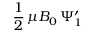
\frac { 1 } { 2 } \, \mu B _ { 0 } \, \Psi _ { 1 } ^ { \prime }